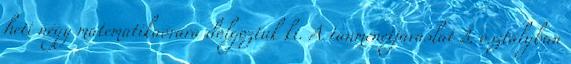
heti négy matematikaórára dolgoztuk ki. A tanmenetjavaslat 3. osztályban